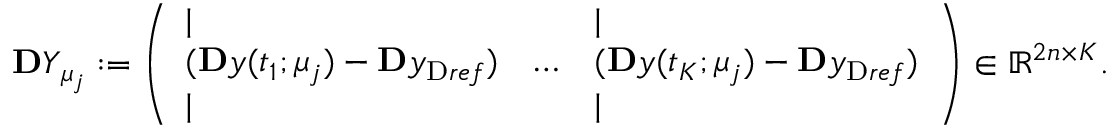
\ensuremath { \mathbf Ḋ Y Ḍ } _ { \ensuremath Ḋ \boldsymbol Ḋ \mu Ḍ Ḍ _ { j } } : = \left( \begin{array} { l l l } { | } & { } & { | } \\ { ( \ensuremath { \mathbf Ḋ y Ḍ } ( t _ { 1 } ; \ensuremath { \boldsymbol Ḋ \mu Ḍ } _ { j } ) - \ensuremath { \mathbf Ḋ y Ḍ } _ { \mathrm { Ḋ } r e f Ḍ } ) } & { \dots } & { ( \ensuremath { \mathbf Ḋ y Ḍ } ( t _ { K } ; \ensuremath { \boldsymbol Ḋ \mu Ḍ } _ { j } ) - \ensuremath { \mathbf Ḋ y Ḍ } _ { \mathrm { Ḋ } r e f Ḍ } ) } \\ { | } & { } & { | } \end{array} \right) \in \mathbb { R } ^ { 2 n \times K } .